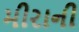
મીરાની